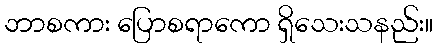
ဘာစကား ပြောစရာကော ရှိသေးသနည်း။